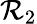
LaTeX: \mathcal{R}_{2}